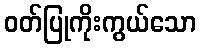
ဝတ်ပြုကိုးကွယ်သော